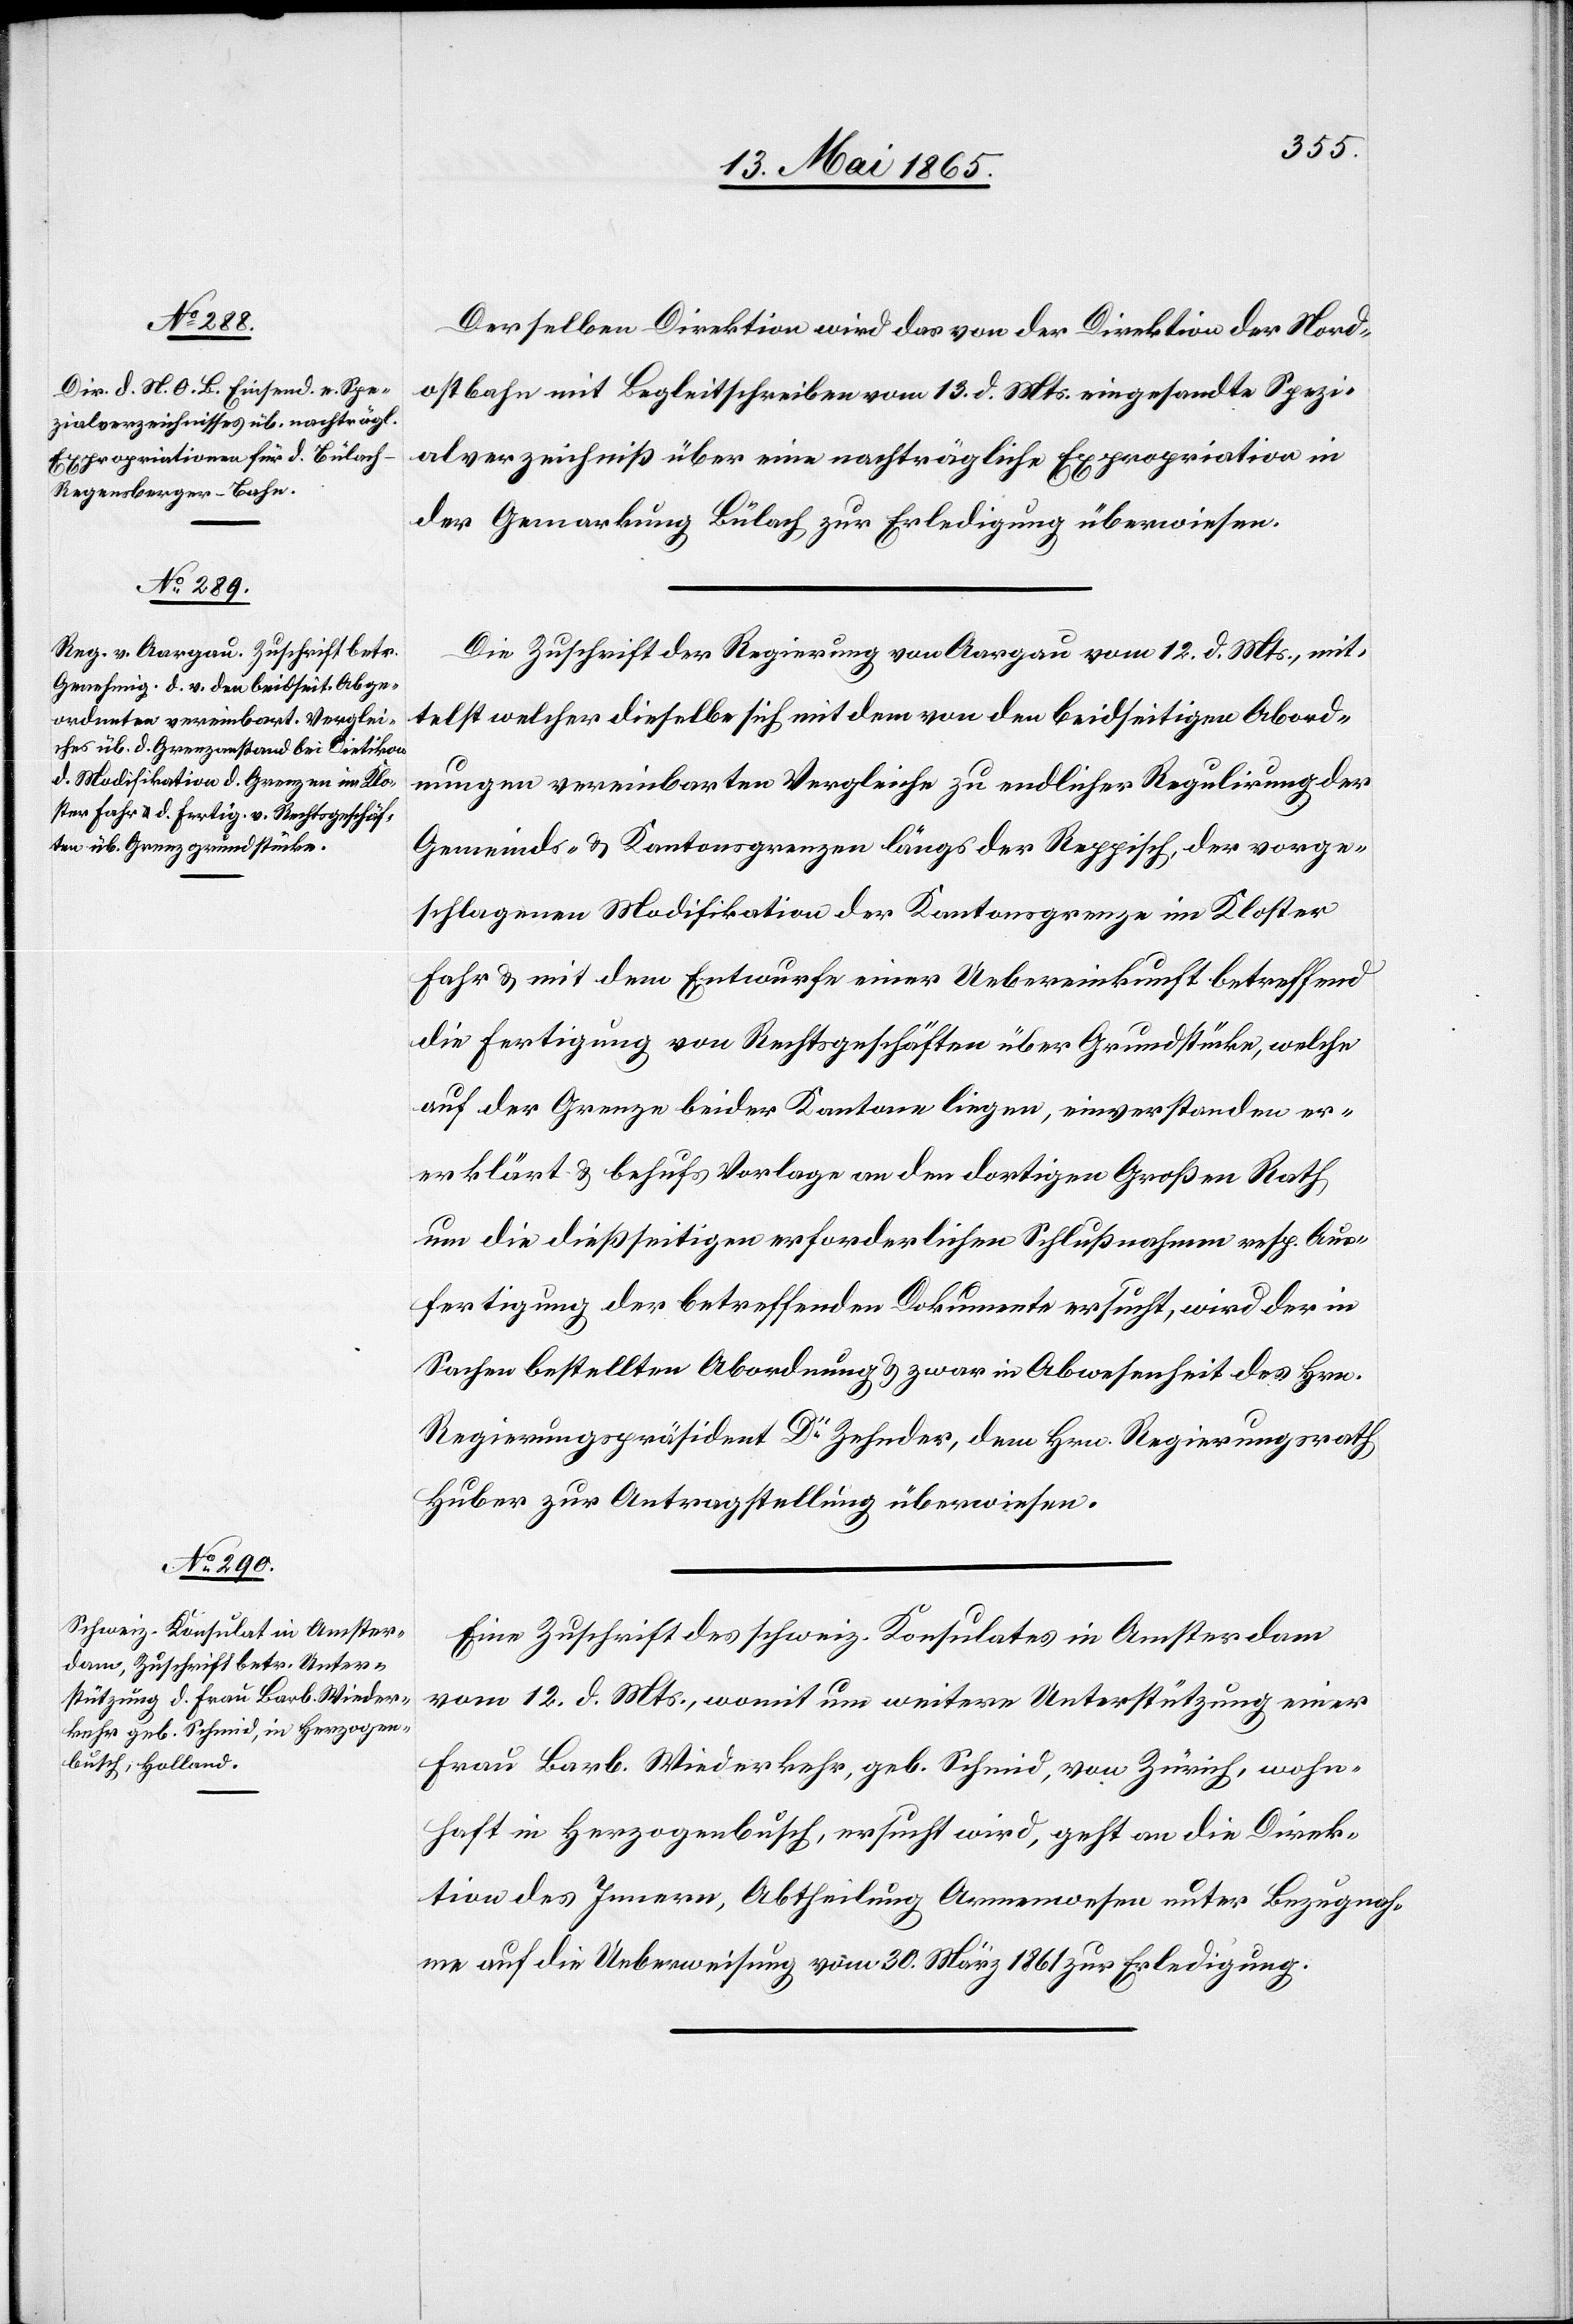
15. Mai 1865.]
Derselben Direktion wird das von der Direktion der Nord¬
ostbahn mit Begleitschreiben vom 13. d. Mts. eingesandte Spezi¬
alverzeichniß über eine nachträgliche Expropriation in
der Gemarkung Bülach zur Erledigung überwiesen.
Die Zuschrift der Regierung von Aargau vom 12. d. Mts, mit¬
telst welcher dieselbe sich mit dem von den beidseitigen Abord¬
nungen vereinbarten Vergleiche zu endlicher Regulirung der
Gemeinds- & Kantonsgrenzen längs der Reppisch, der vorge¬
schlagenen Modifikation der Kantonsgrenze im Kloster
Fahr & mit dem Entwurfe einer Uebereinkunft betreffend
die Fertigung von Rechtsgeschäften über Grundstücke, welche
auf der Grenze beider Kantone liegen, einverstanden er¬
erklärt [sic!] & behufs Vorlage an den dortigen Großen Rath
um die dießseitigen erforderlichen Schlußnahmen resp. Aus¬
fertigung der betreffenden Dokumente ersucht, wird der in
Sachen bestellten Abordnung & zwar in Abwesenheit des Hrn.
Regierungspräsident Dr Zehnder, dem Hrn. Regierungsrath
Huber zur Antragstellung überwiesen.
Eine Zuschrift des schweiz. Konsulates in Amsterdam
vom 12. d. Mts., womit um weitere Unterstützung einer
Frau Barb. Wiederkehr, geb. Schmid, von Zürich, wohn¬
haft in Herzogenbusch, ersucht wird, geht an die Direk¬
tion des Innern, Abtheilung Armenwesen unter Bezugnah¬
me auf die Ueberweisung vom 30. März 1861 zur Erledigung.